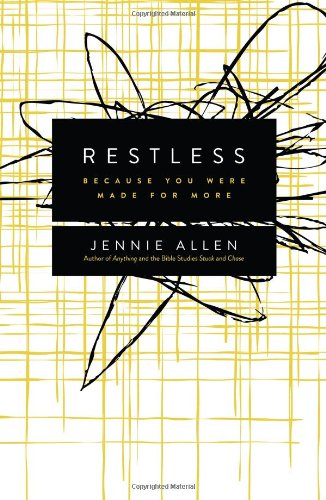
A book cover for Restless: Because You Were Made for More; Jennie Allen; Christian Books & Bibles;